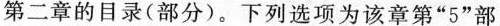
第二章的目录(部分)。下列选项为该章第”5”部